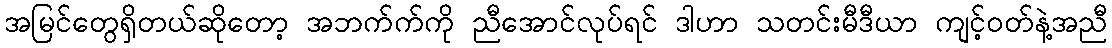
အမြင်တွေရှိတယ်ဆိုတော့ အဘက်က်ကို ညီအောင်လုပ်ရင် ဒါဟာ သတင်းမီဒီယာ ကျင့်ဝတ်နဲ့အညီ